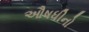
ઔષધીનો